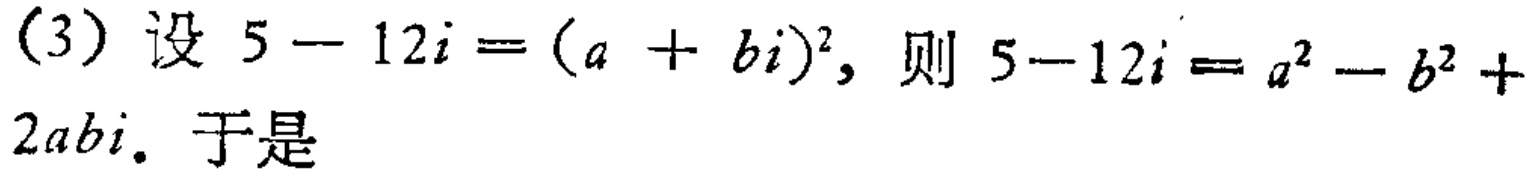
(3) 设 \(5 - 12i = (a + bi)^2\)，则 \(5-12i = a^{2}-b^{2}+2abi\). 于是